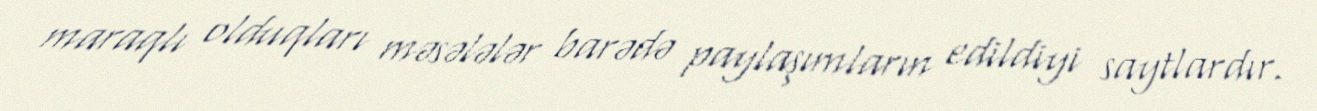
maraqlı olduqları məsələlər barədə paylaşımların edildiyi saytlardır.